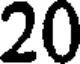
20